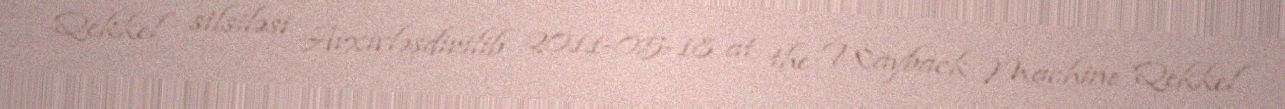
Qekkel silsiləsi Arxivləşdirilib 2011-05-18 at the Wayback Machine Qekkel